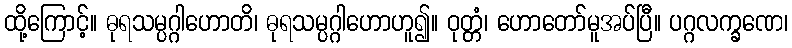
ထို့ကြောင့်။ ဓုရသမ္ပဂ္ဂါဟောတိ၊ ဓုရသမ္ပဂ္ဂါဟောဟူ၍။ ဝုတ္တံ၊ ဟောတော်မူအပ်ပြီ။ ပဂ္ဂလက္ခဏေ၊